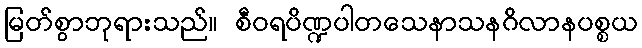
မြတ်စွာဘုရားသည်။ စီဝရပိဏ္ဍပါတသေနာသနဂိလာနပစ္စယ